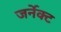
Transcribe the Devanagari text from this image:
जर्नेक्ट